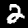
Digit: 2